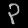
Digit: ၃